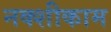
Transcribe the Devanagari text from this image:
नक्शीकाम